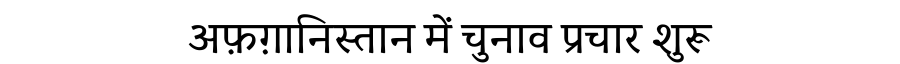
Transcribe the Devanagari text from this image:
अफ़ग़ानिस्तान में चुनाव प्रचार शुरू